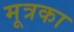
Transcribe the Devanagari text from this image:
मूत्रका